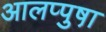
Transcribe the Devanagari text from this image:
आलप्पुषा़